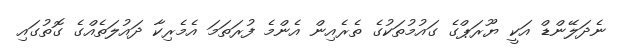
ނެދަލޭންޑް އަކީ ޔޫރަޕްގެ ގައުމުތަކުގެ ތެރެއިން އެންމެ ފުރަތަމަ އެމެރިކާ ދައުލަތެއްގެ ގޮތުގައި